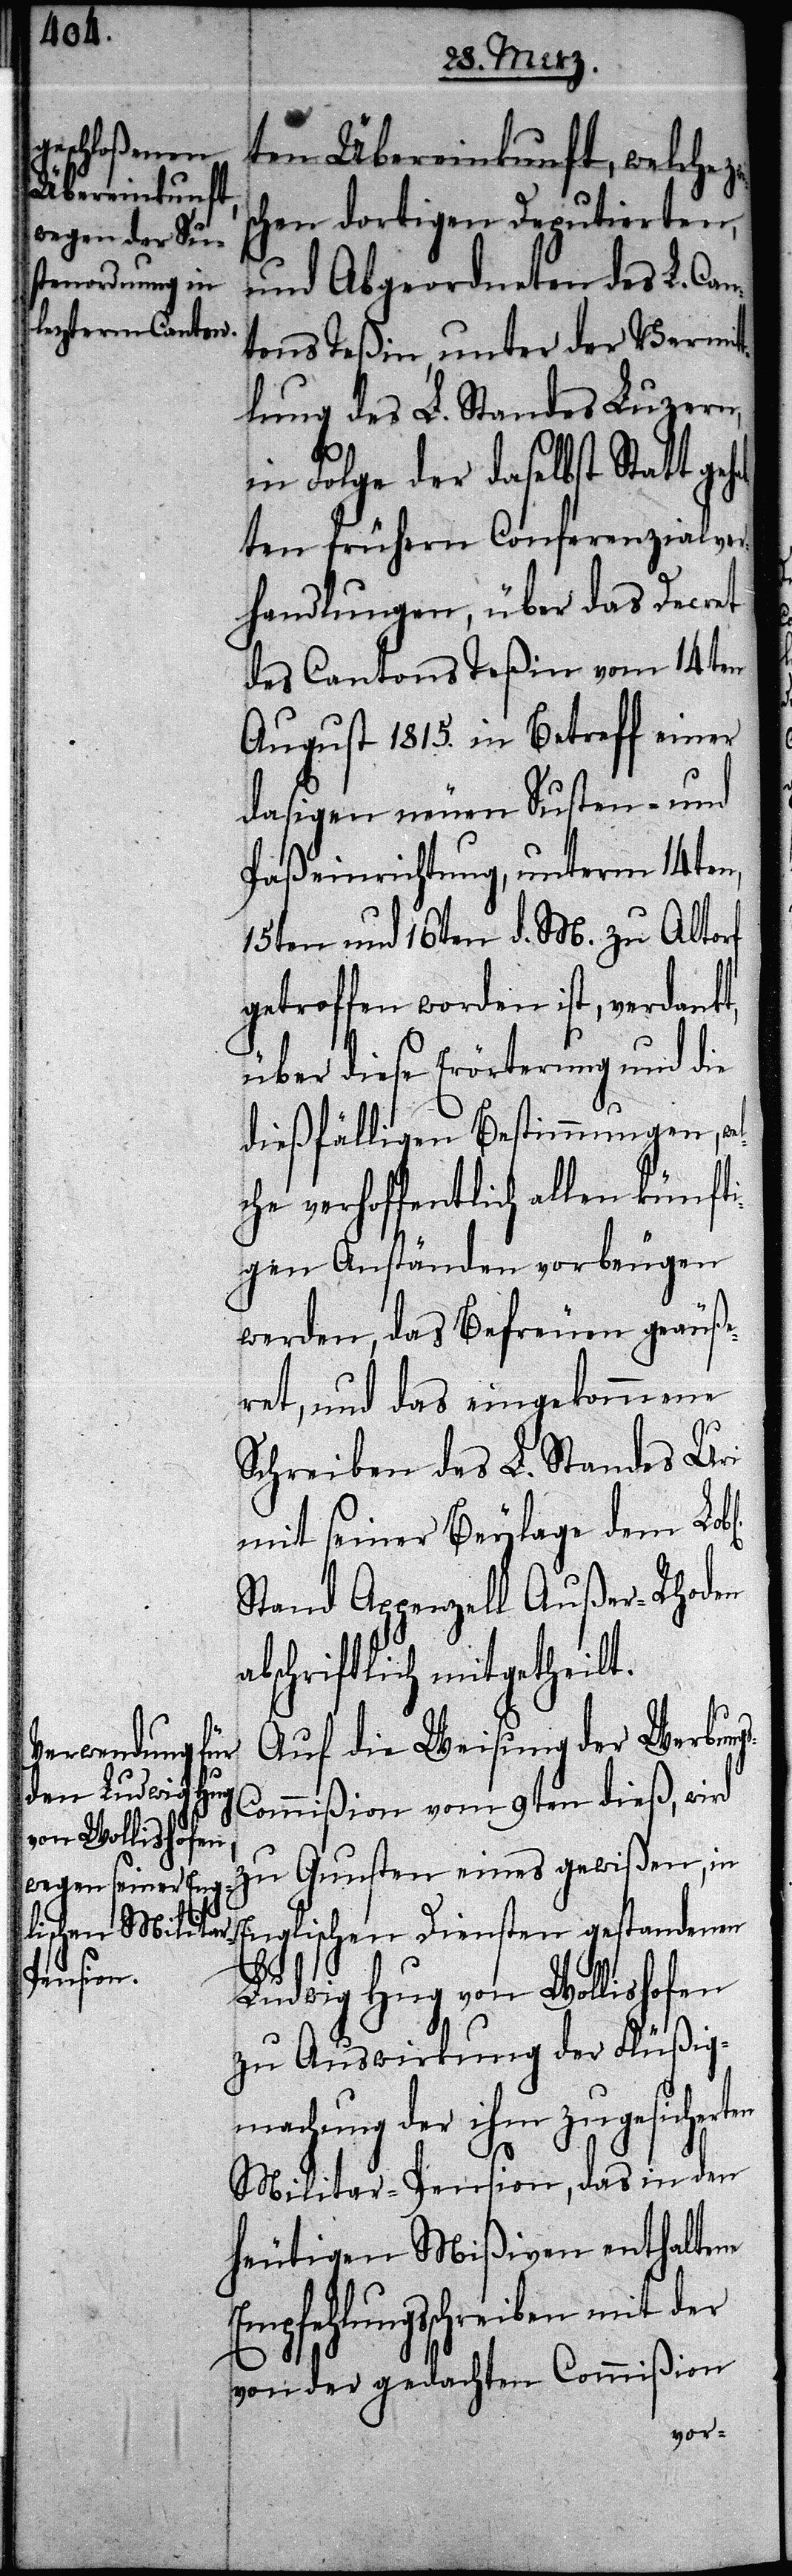
ten Übereinkunft, welche
hen dortigen Deputierten,
und Abgeordneten des L. Can¬
tons Teßin, unter der Vermit¬
tlung des L. Standes Luzern,
in Folge der daselbst Statt ge¬
bten frühern Conferenzialver¬
handlungen, über das Decret
des Cantons Teßin vom 14ten
August 1815. in Betreff einer
dasigen neuen Susten- und
Paßeinrichtung, unterm 14ten,
15ten und 16ten d. M. zu Altorf
getroffen worden ist, verdankt,
über diese Erörterung und die
dießfälligen Bestimmungen, we¬
lche verhoffentlich allen künfti¬
gen Anständen vorbeugen
werden, das Befreuen geäuße¬
ret, und das eingekommene
Schreiben des L. Standes Uri
mit seiner Beylage dem Lob¬
Stand Appenzell Außer-Rhoden
abschriftlich mitgetheilt.
Auf die Weisung der Werbung¬
ommißion vom 9ten dieß, wird
zu Gunsten eines gewißen, in
Englischen Diensten gestandenen
Em¬
l[ichen]
Ludwig Hug von Wollishofen
zu Auswirkung der Flüßig¬
machung der ihm zugesichert¬
Militar-Pension, das in den
heutigen Mißiven enthaltene
pfehlungsschreiben mit der
von der gedachten Commißion
s-C¬